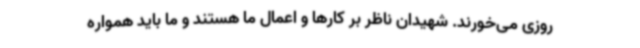
روزی می‌خورند. شهیدان ناظر بر کارها و اعمال ما هستند و ما باید همواره